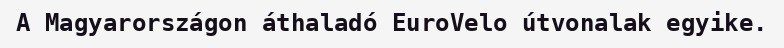
A Magyarországon áthaladó EuroVelo útvonalak egyike.